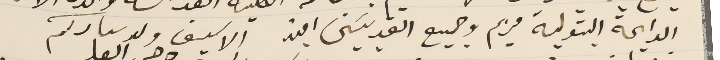
الدايمة البتولية مريم وجميع القديسَين امين الاسيف ولد سعادتكم